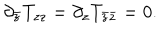
LaTeX: \partial _ { \bar { z } } T _ { z z } = \partial _ { z } T _ { \bar { z } \bar { z } } = 0 .